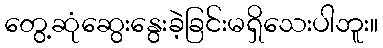
တွေ့ဆုံဆွေးနွေးခဲ့ခြင်းမရှိသေးပါဘူး။